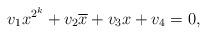
LaTeX: \begin{align*} v_{1}x^{2^k}+v_{2}\overline{x}+v_{3}x+v_{4} = 0,\end{align*}